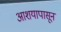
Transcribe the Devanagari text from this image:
आशयापासून